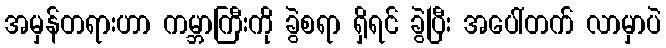
အမှန်တရားဟာ ကမ္ဘာကြီးကို ခွဲစရာ ရှိရင် ခွဲပြီး အပေါ်တက် လာမှာပဲ